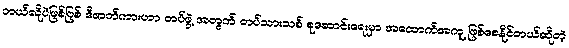
ဘယ်လိုပဲဖြစ်ဖြစ် ဒီဇာတ်ကားဟာ တပ်ဖွဲ့ အတွက် တပ်သားသစ် စုဆောင်းရေးမှာ အထောက်အကူ ဖြစ်စေနိုင်တယ်ဆိုတဲ့